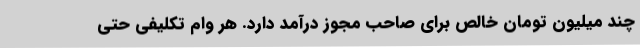
چند میلیون تومان خالص برای صاحب مجوز درآمد دارد. هر وام تکلیفی حتی